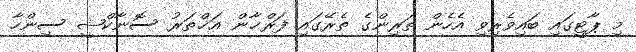
މި ޕާޓީގައި ބައިވެރިވި އެހެން ތަރިންގެ ތެރޭގައި ފަރްޚާން އަޚްތަރު ސޮނާކްޝީ ސިންހާ